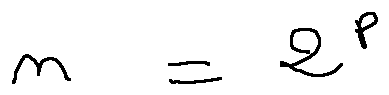
n = 2 ^ { p }